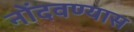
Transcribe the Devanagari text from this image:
नोंदवण्यास